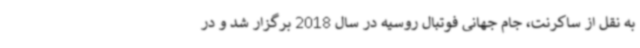
به نقل از ساکرنت، جام جهانی فوتبال روسیه در سال 2018 برگزار شد و در